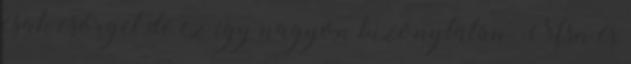
csak csörget de ez így nagyon bizonytalan. Msn és